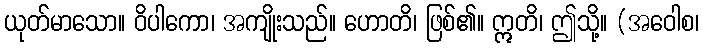
ယုတ်မာသော။ ဝိပါကော၊ အကျိုးသည်။ ဟောတိ၊ ဖြစ်၏။ ဣတိ၊ ဤသို့။ (အဝေါစ၊